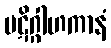
ပဋိဂ္ဂါဟကာနံ